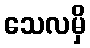
သေလမှိ